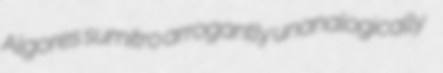
Algores sumitro arrogantly unanalogically